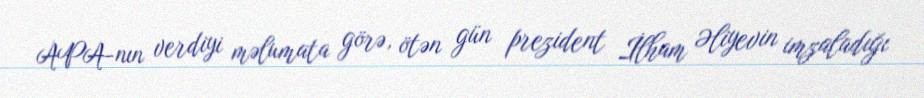
APA-nın verdiyi məlumata görə, ötən gün prezident İlham Əliyevin imzaladığı